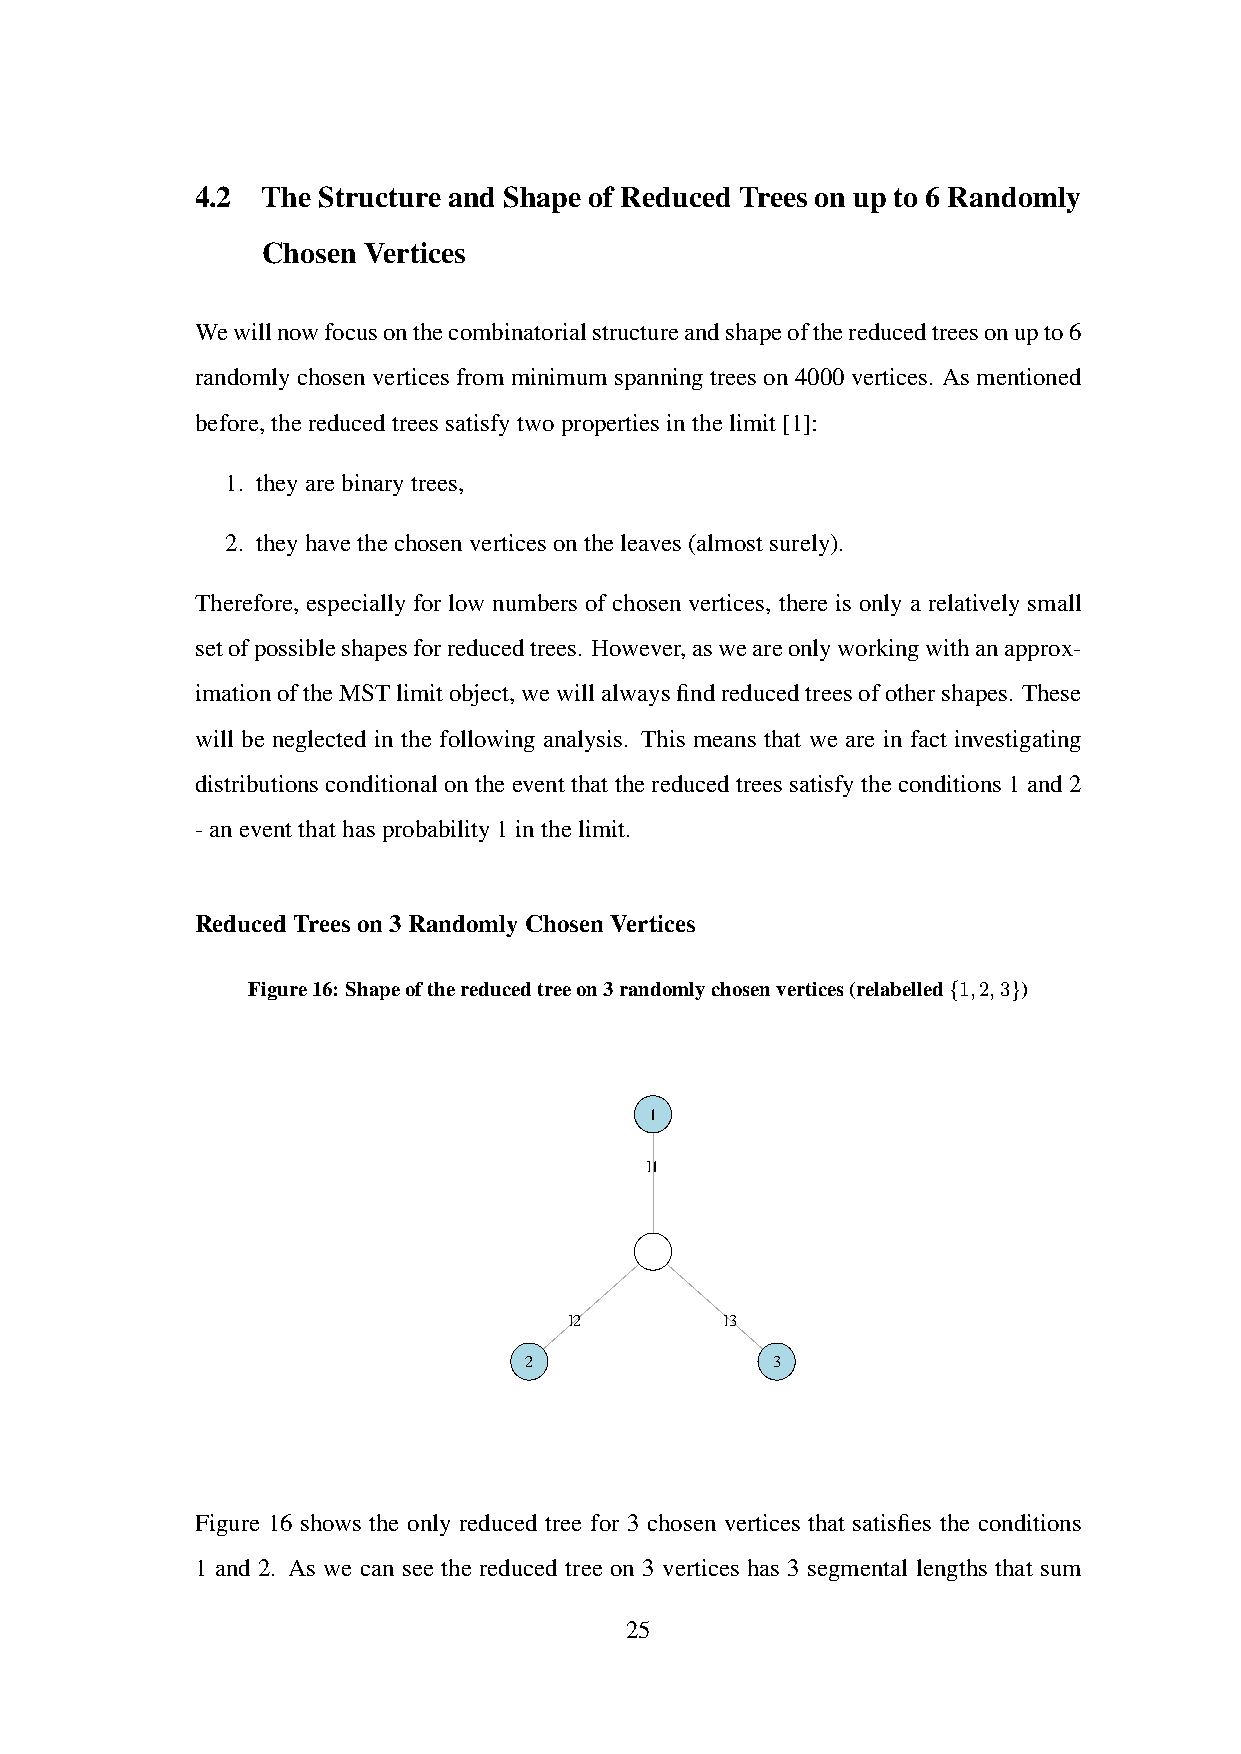
4.2 The Structure and Shape of Reduced Trees on up to 6 Randomly
 Chosen Vertices
 Wewillnowfocusonthecombinatorialstructureandshapeofthereducedtreesonupto6
 randomly chosen vertices from minimum spanning trees on 4000 vertices. As mentioned
 before,thereducedtreessatisfytwopropertiesinthelimit[1]:
 1. theyarebinarytrees,
 2. theyhavethechosenverticesontheleaves(almostsurely).
 Therefore, especially for low numbers of chosen vertices, there is only a relatively small
 setofpossibleshapesforreducedtrees. However,asweareonlyworkingwithanapprox-
 imationoftheMSTlimitobject,wewillalwaysfindreducedtreesofothershapes. These
 will be neglected in the following analysis. This means that we are in fact investigating
 distributions conditional on the event that the reduced trees satisfy the conditions 1 and 2
 -aneventthathasprobability1inthelimit.
 ReducedTreeson3RandomlyChosenVertices
 Figure16: Shapeofthereducedtreeon3randomlychosenvertices(relabelled{1,2,3})
 1
 l1
 l2        l3
 2               3
 Figure 16 shows the only reduced tree for 3 chosen vertices that satisfies the conditions
 1 and 2. As we can see the reduced tree on 3 vertices has 3 segmental lengths that sum
 25